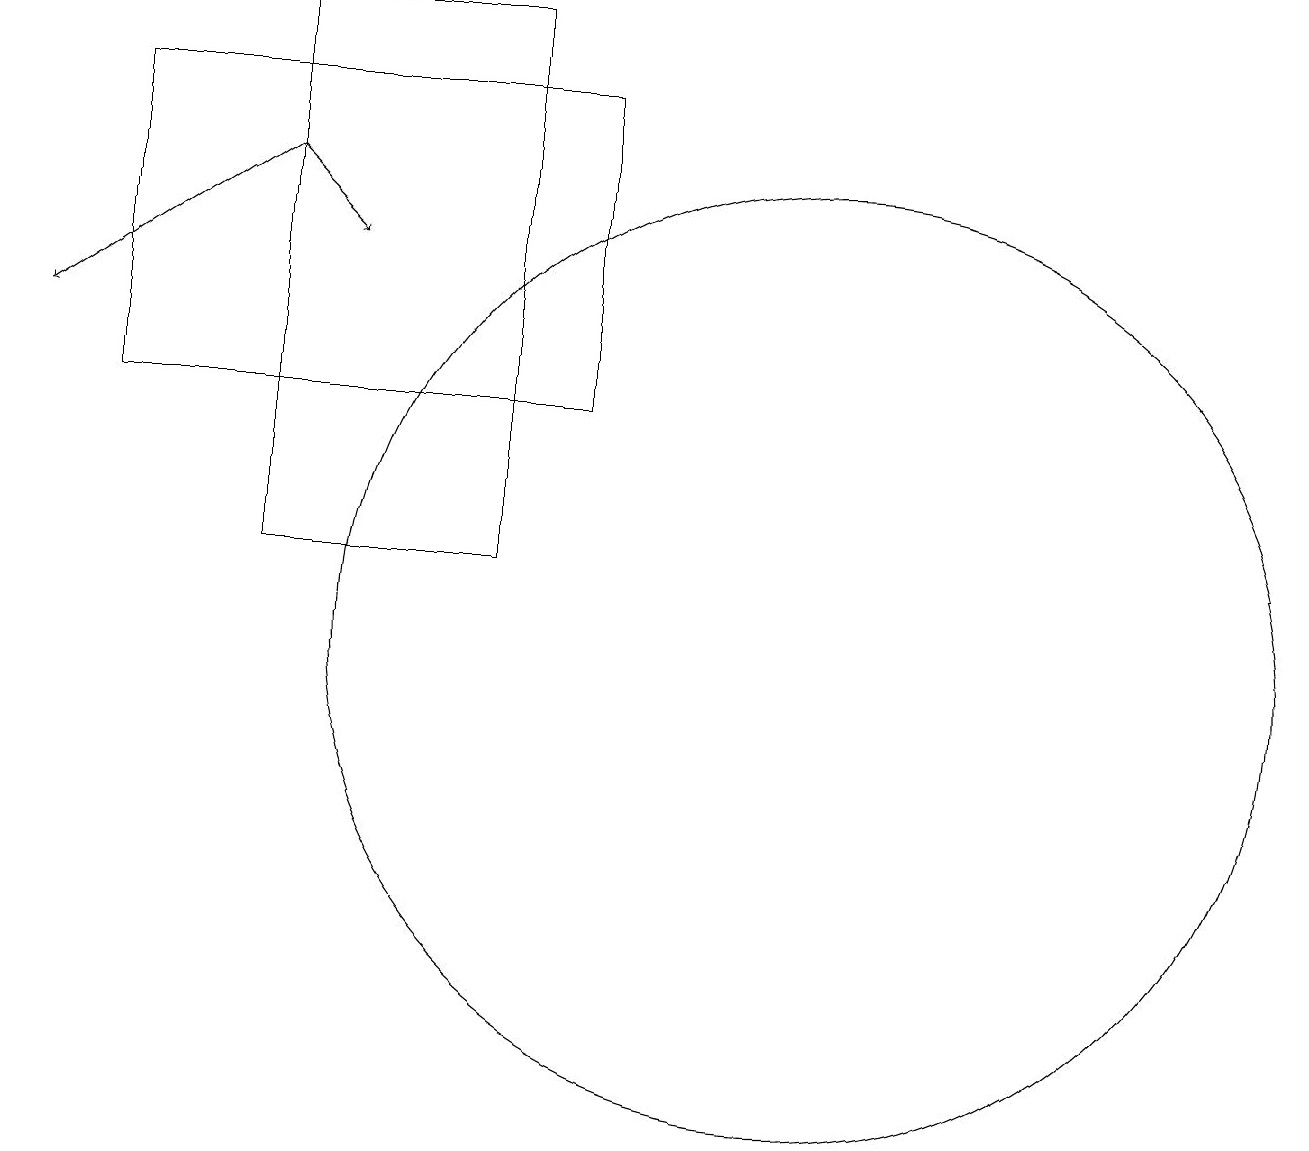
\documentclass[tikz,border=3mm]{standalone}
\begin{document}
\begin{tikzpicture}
\draw[->] (3,16) -- (4,15);
\draw (6,18) rectangle (3,11);
\draw (7,13) rectangle (1,17);
\draw[->] (3,16) -- (0,14);
\draw (10,10) circle (6);
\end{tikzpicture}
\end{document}